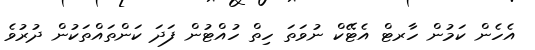
އެހެން ކަމުން ހާރޓް އެޓޭކް ނުވަތަ ހިތް ހުއްޓުން ފަދަ ކަންތައްތަކުން ދުރުވެ